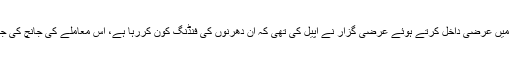
ہائی کورٹ میں عرضی داخل کرتے ہوئے عرضی گزار نے اپیل کی تھی کہ ان دھرنوں کی فنڈنگ کون کررہا ہے، اس معاملے کی جانچ کی جانی چاہئے؟